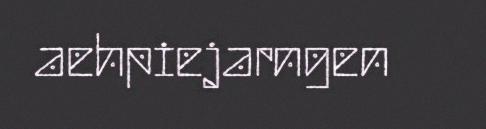
aehpiejarngen